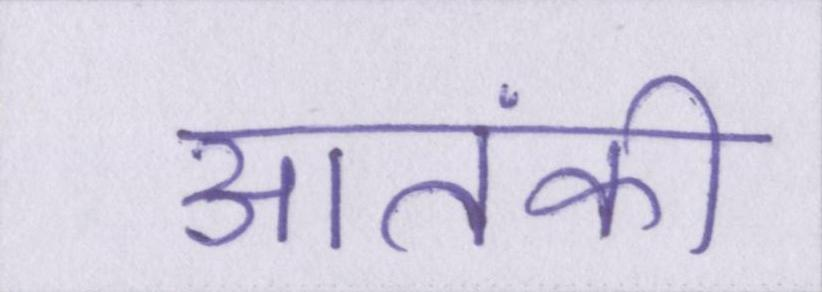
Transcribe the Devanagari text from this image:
आतंकी